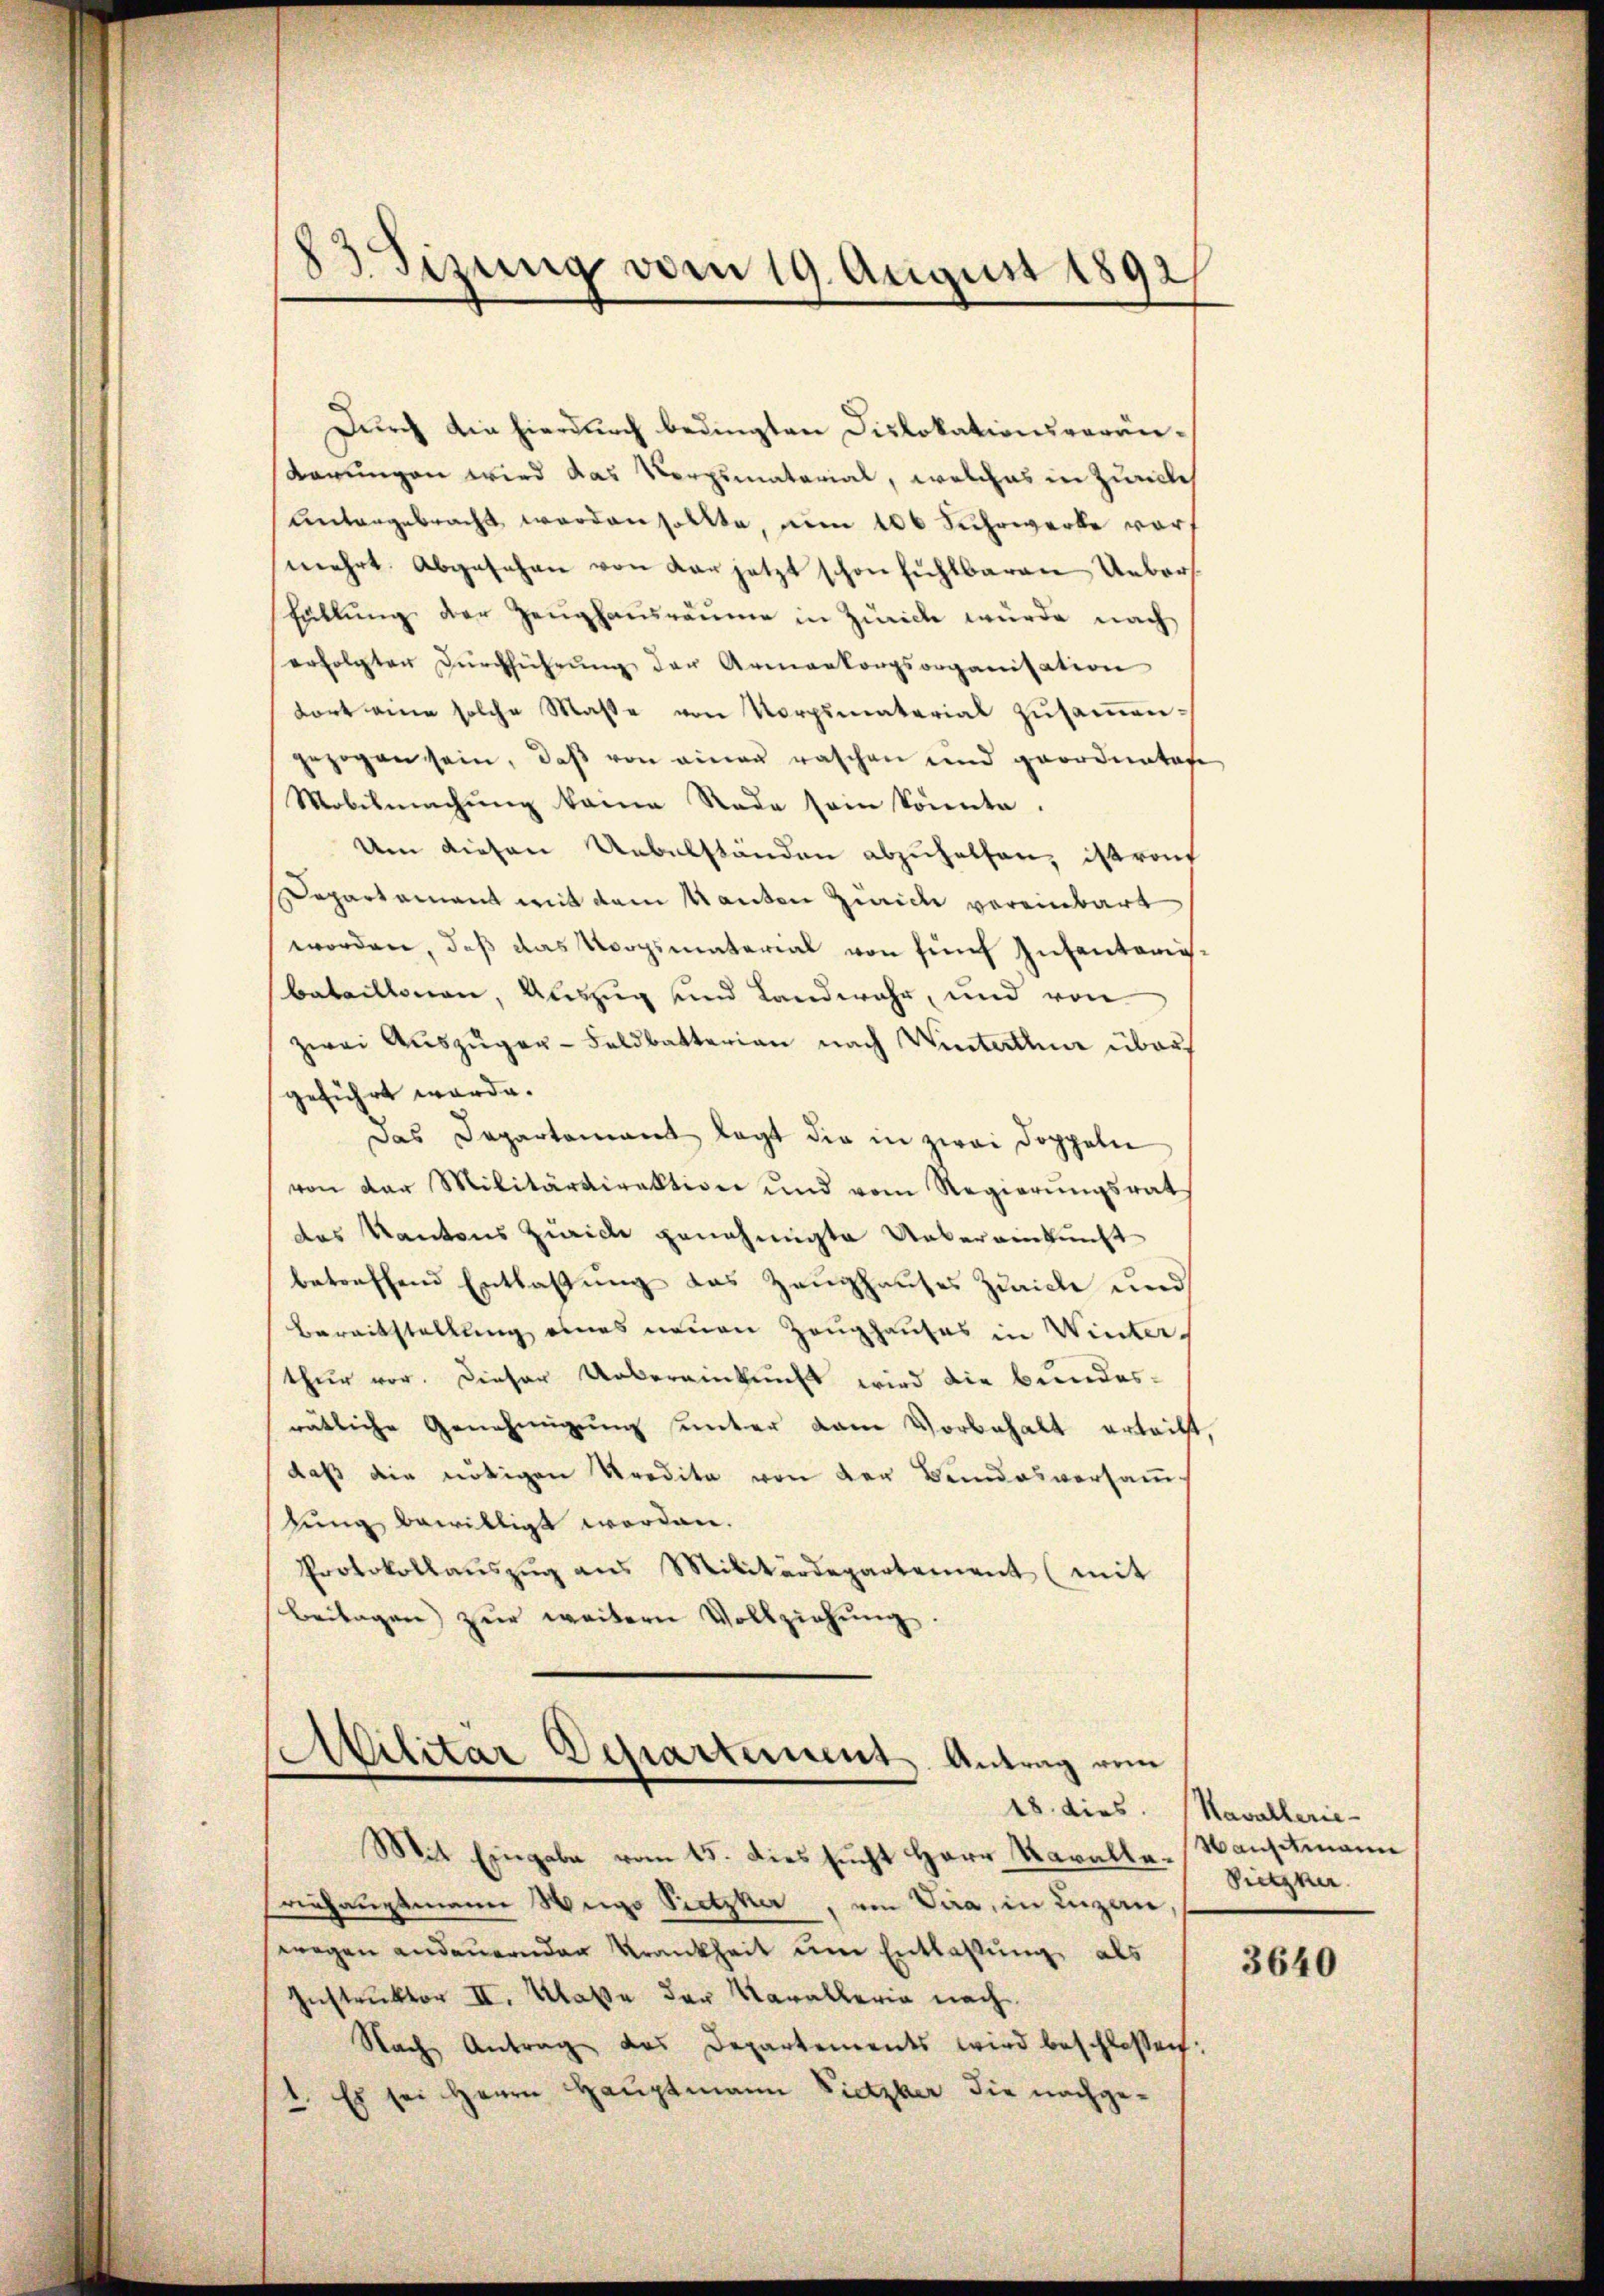
23 Sizung vom 19. August 1892

Durch die hierdurch bedingten Dislokationsverän¬
Karungen wird das Vergsmaterial, welches in Zumilch
Untergebracht worden sollte, um 100 Fuhrwerke vors
mehrt. Abgesehen von der jetzt schon fühlbaren Uebers
Eüllŭng der Zeughausräume in Zürich wurde nach
erfolgten Dŭrchführŭng der Armenkorpsorganisation
tort eine solche Maße von Vorpimaterial zusammengezogen sein, daβ von einer raschen und geordentage
Mobilmachung keine Rade sein könnte.
Um diesen Uebelständen abzuhelfen, istron
Departement mit dem Manten Zürich vereinbart
worden, daß das Vorgsmaterial von fünf Infantariisbataillonen, Auszug und Landwehr, und von
zwei Auszüger-Feldbatterian nach Winterthur über
geführt werde.
Das Departamant legt die in zwei Doppeln
von der Militärdirektion und vom Regierŭngsrat
das Kantons Zürich genehmigte Uebereinkunft
betreffend Entlaßung das Zeughauses Zürich und
Bereitstellung eines neuen Zeughauses in Winters
thŭr vor. Dieser Uebereinkunft wird die Bŭndes-
rätliche Genehmigung unter dem Vorbehalt erteilt.
daß die nötigen Kredita von der Bundesversamm-
lung bewilligt worden.
Protokollaŭszŭg ans Militärdepartement (mit
Beilagen zur weitern Vollziehŭng.

Militar Departement Antrag vom
Mit Eingabe vom 15. dies sucht Herr Karalle-Nansitmann

riehauptmann Wege Pietzker, von Vara, in Luzern,
ewegen andauernden Krankheit um Entlaßung, als
Instruktor II. Klasse der Karallerie nach
Nach Antrag das Departements wird beschlossen:
1. Es sei Herrn Hauptmann Pietzber die nachge¬

18. dies. Kavallerie-
Dietzker

3640